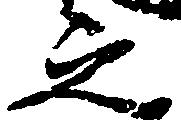
之